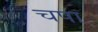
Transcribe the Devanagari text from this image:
चपा